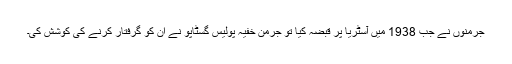
جرمنوں نے جب 1938 میں آسٹریا پر قبضہ کیا تو جرمن خفیہ پولیس گسٹاپو نے اُن کو گرفتار کرنے کی کوشش کی۔